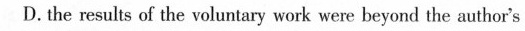
D.the results of the voluntary wars wen-beyond the author's